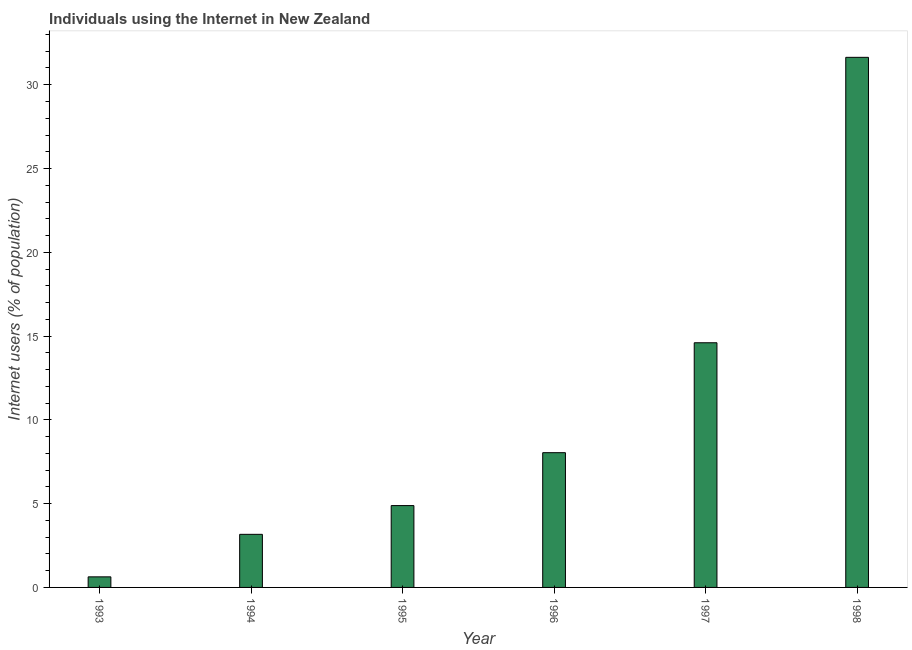
| Year | Internet users |
 | --- | --- |
 | 1993 | 0.631 |
 | 1994 | 3.17 |
 | 1995 | 4.88 |
 | 1996 | 8.04 |
 | 1997 | 14.6 |
 | 1998 | 31.6 |